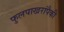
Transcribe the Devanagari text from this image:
फुलपाखरांपैकी